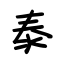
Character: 泰